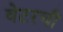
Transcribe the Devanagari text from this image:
वेटरची